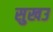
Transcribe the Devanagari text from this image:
सुखउ